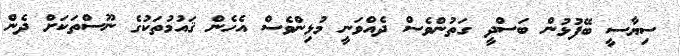
ސިޔާސީ ބޭފުޅުން ބަސްދީ ގަތުންވެސް ދެއްވަނީ މުޅިންވެސް އެހެން ޤައުމުތަކުގެ ނޫސްތަކަށް ދެން